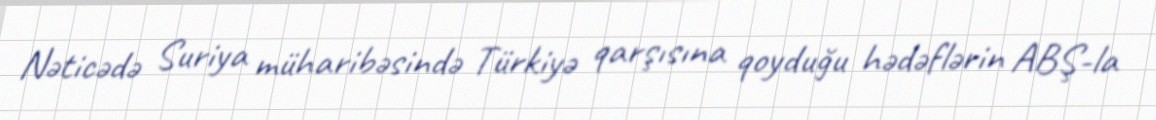
Nəticədə Suriya müharibəsində Türkiyə qarşısına qoyduğu hədəflərin ABŞ-la